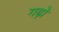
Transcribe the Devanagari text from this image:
गढ़ो